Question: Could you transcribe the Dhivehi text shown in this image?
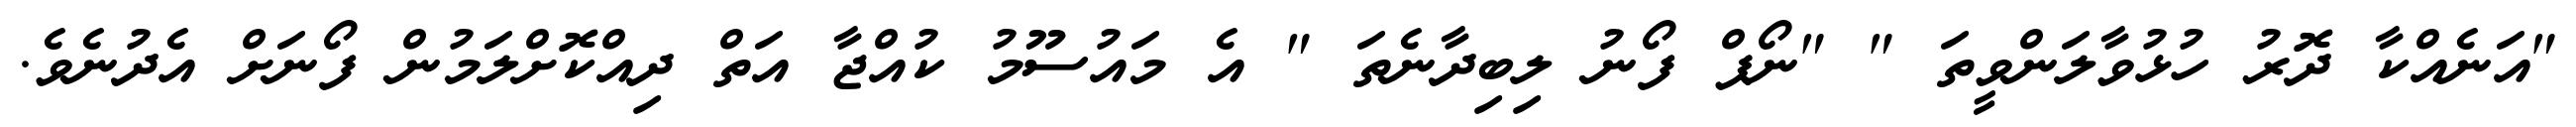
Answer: "އަނެއްކާ ދޮރު ހުޅުވާލަންވީތަ " "ނޯޕް ފޯނު ލިބިދާނެތަ " އެ މައުސޫމު ކުއްޖާ އަތް ދިއްކޮށްލަމުން ފޯނަށް އެދުނެވެ.